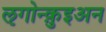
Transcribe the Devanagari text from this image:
ऌगोन्क़ुइअन